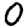
Digit: 0